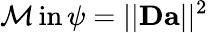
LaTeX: \operatorname*{\mathcal{M}in}\psi=||\mathbf{{D}}\mathbf{{a}}||^{2}